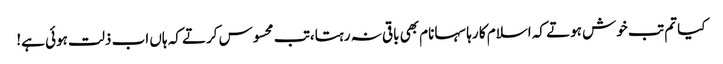
کیا تم تب خوش ہوتے کہ اسلام کا رہا سہا نام بھی باقی نہ رہتا،تب محسوس کرتے کہ ہاں اب ذلت ہوئی ہے!